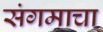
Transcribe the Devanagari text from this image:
संगमाचा